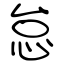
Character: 怠